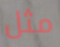
مثل